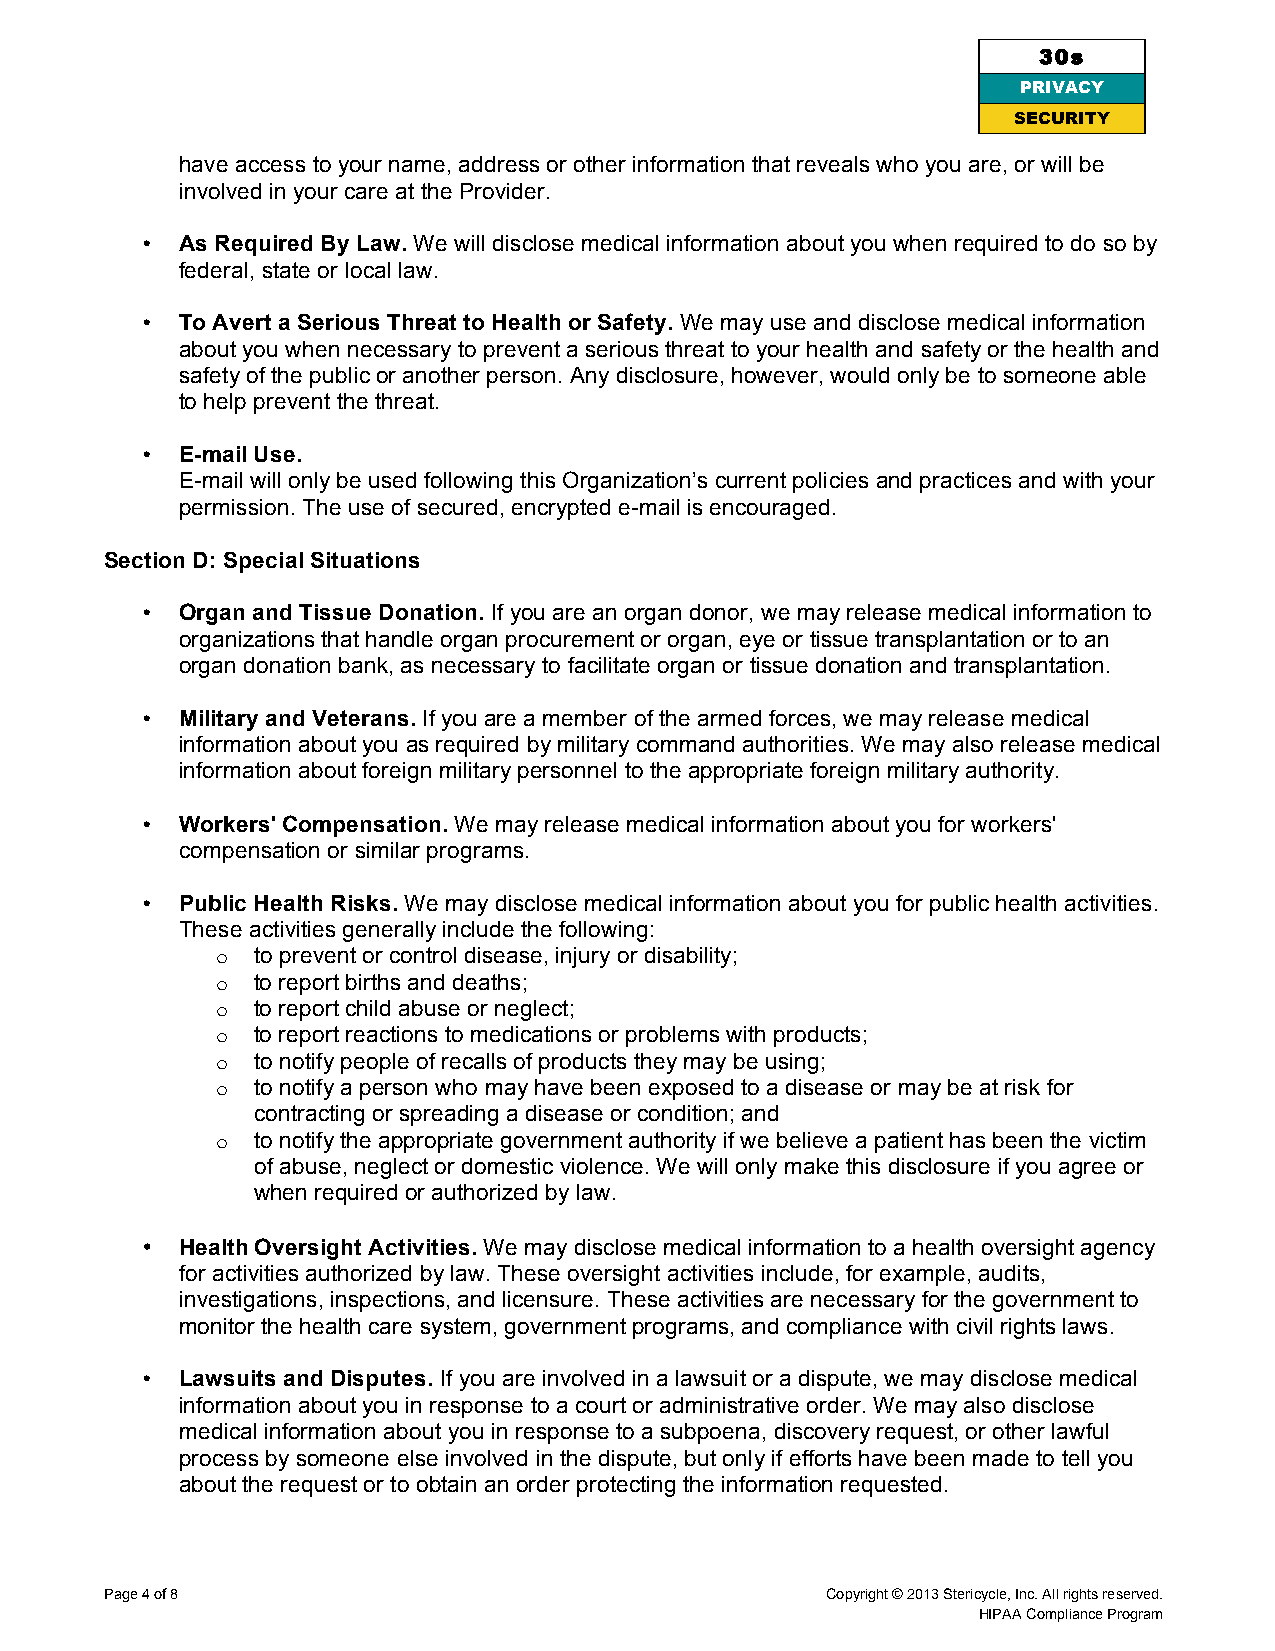
30s
 PRIVACY
 SECURI TY
 have access to your name, address or other information that reveals who you are, or will be
 involved in your care at the Provider.
 •  As Required By Law. We will disclose medical information about you when required to do so by
 federal, state or local law.
 •  To Avert a Serious Threat to Health or Safety. We may use and disclose medical information
 about you when necessary to prevent a serious threat to your health and safety or the health and
 safety of the public or another person. Any disclosure, however, would only be to someone able
 to help prevent the threat.
 •  E-mail Use.
 E-mail will only be used following this Organization’s current policies and practices and with your
 permission. The use of secured, encrypted e-mail is encouraged.
 Section D: Special Situations
 •  Organ and Tissue Donation. If you are an organ donor, we may release medical information to
 organizations that handle organ procurement or organ, eye or tissue transplantation or to an
 organ donation bank, as necessary to facilitate organ or tissue donation and transplantation.
 •  Military and Veterans. If you are a member of the armed forces, we may release medical
 information about you as required by military command authorities. We may also release medical
 information about foreign military personnel to the appropriate foreign military authority.
 •  Workers' Compensation. We may release medical information about you for workers'
 compensation or similar programs.
 •  Public Health Risks. We may disclose medical information about you for public health activities.
 These activities generally include the following:
 o  to prevent or control disease, injury or disability;
 o  to report births and deaths;
 o  to report child abuse or neglect;
 o  to report reactions to medications or problems with products;
 o  to notify people of recalls of products they may be using;
 o  to notify a person who may have been exposed to a disease or may be at risk for
 contracting or spreading a disease or condition; and
 o  to notify the appropriate government authority if we believe a patient has been the victim
 of abuse, neglect or domestic violence. We will only make this disclosure if you agree or
 when required or authorized by law.
 •  Health Oversight Activities. We may disclose medical information to a health oversight agency
 for activities authorized by law. These oversight activities include, for example, audits,
 investigations, inspections, and licensure. These activities are necessary for the government to
 monitor the health care system, government programs, and compliance with civil rights laws.
 •  Lawsuits and Disputes. If you are involved in a lawsuit or a dispute, we may disclose medical
 information about you in response to a court or administrative order. We may also disclose
 medical information about you in response to a subpoena, discovery request, or other lawful
 process by someone else involved in the dispute, but only if efforts have been made to tell you
 about the request or to obtain an order protecting the information requested.
 Page 4 of 8                                     Copyright © 2013 Stericycle, Inc. All rights reserved.
 HIPAA Compliance Program